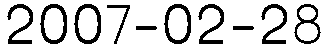
2007-02-28